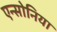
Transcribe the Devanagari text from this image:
एन्सोनिया